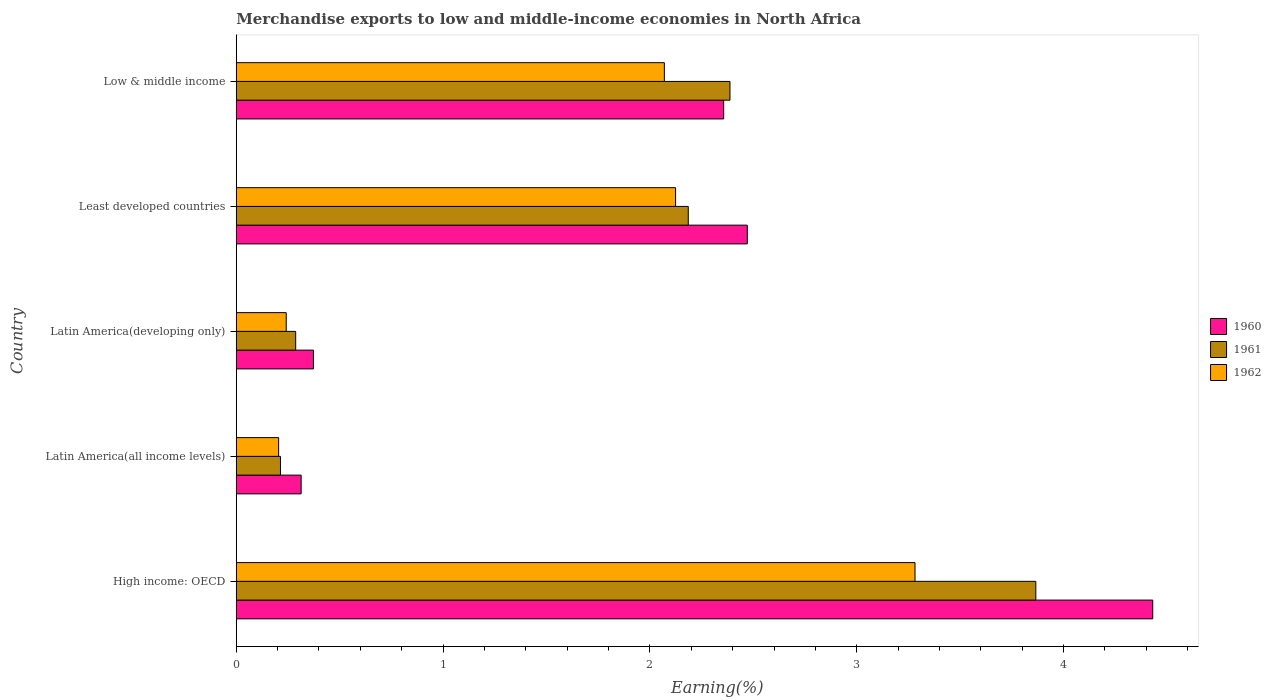
| Country | 1960 | 1961 | 1962 |
 | --- | --- | --- | --- |
 | High income: OECD | 4.43 | 3.87 | 3.28 |
 | Latin America(all income levels) | 0.314 | 0.214 | 0.205 |
 | Latin America(developing only) | 0.373 | 0.287 | 0.242 |
 | Least developed countries | 2.47 | 2.19 | 2.12 |
 | Low & middle income | 2.36 | 2.39 | 2.07 |